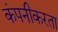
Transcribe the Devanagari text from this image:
कंपनीकरता